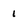
Character: 1